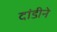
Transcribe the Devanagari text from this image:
दांडीने